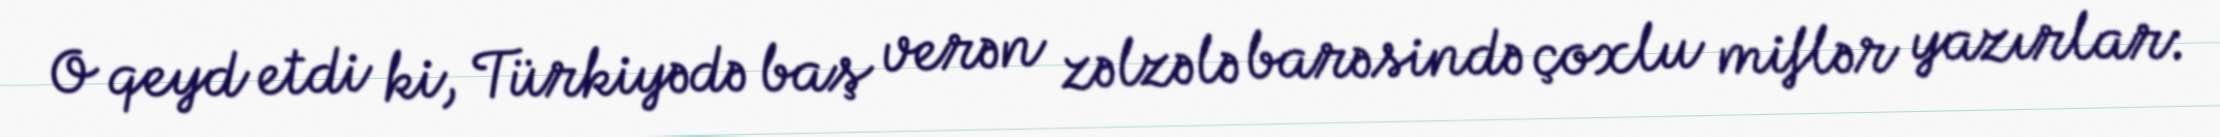
O qeyd etdi ki, Türkiyədə baş verən zəlzələ barəsində çoxlu miflər yazırlar: